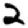
Digit: 2